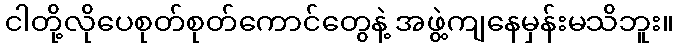
ငါတို့လိုပေစုတ်စုတ်ကောင်တွေနဲ့ အဖွဲ့ကျနေမှန်းမသိဘူး။